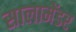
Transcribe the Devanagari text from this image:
सालामेंडर